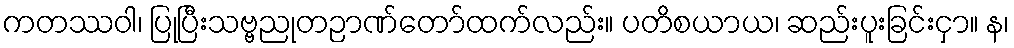
ကတဿဝါ၊ ပြုပြီးသဗ္ဗညုတဉာဏ်တော်ထက်လည်း။ ပတိစယာယ၊ ဆည်းပူးခြင်းငှာ။ န၊